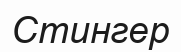
Стингер